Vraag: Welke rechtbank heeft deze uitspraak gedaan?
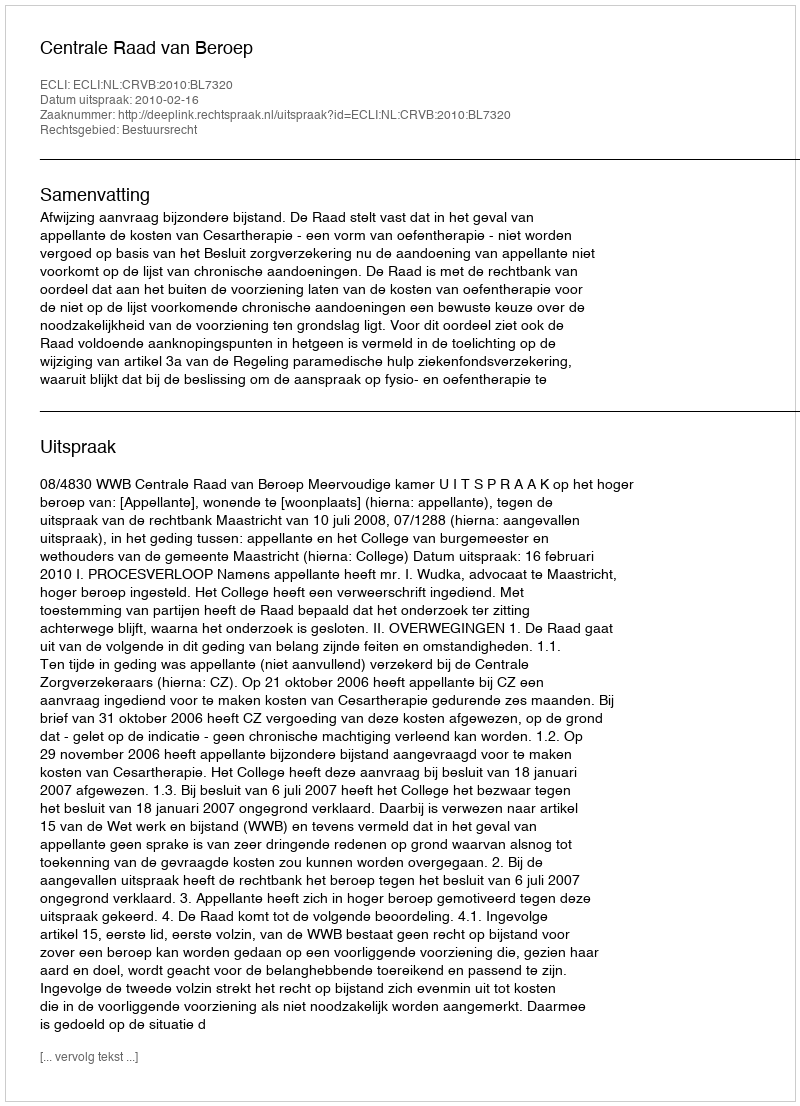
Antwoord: Centrale Raad van Beroep